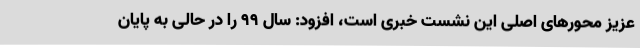
عزیز محورهای اصلی این نشست خبری است، افزود: سال ۹۹ را در حالی به پایان